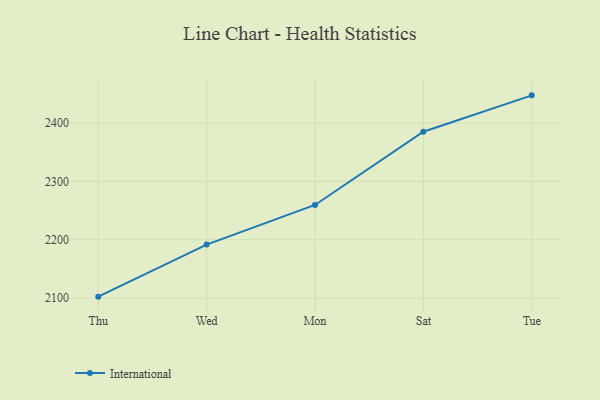
{"axis": {"x": "Day", "y": "Churn Rate (%)"}, "legend": ["International"], "data": [{"x": "Thu", "y": 2102.6, "type": "International"}, {"x": "Wed", "y": 2191.7, "type": "International"}, {"x": "Mon", "y": 2259.6, "type": "International"}, {"x": "Sat", "y": 2385.0, "type": "International"}, {"x": "Tue", "y": 2447.3, "type": "International"}]}